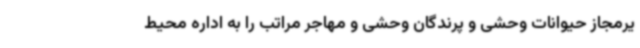
یرمجاز حیوانات وحشی و پرندگان وحشی و مهاجر مراتب را به اداره محیط